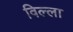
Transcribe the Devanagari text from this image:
विल्‍ला